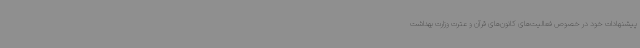
پیشنهادات خود در خصوص فعالیت‌های کانون‌های قرآن و عترت وزارت بهداشت